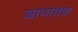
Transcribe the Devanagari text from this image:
आणावया